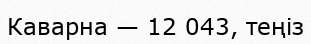
Каварна — 12 043, теңіз